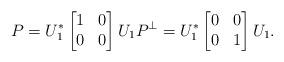
LaTeX: \begin{align*}P=U_1^*\begin{bmatrix}1 & 0\\0 & 0\end{bmatrix}U_1P^{\perp}=U_1^*\begin{bmatrix}0 & 0\\0& 1\end{bmatrix}U_1.\end{align*}